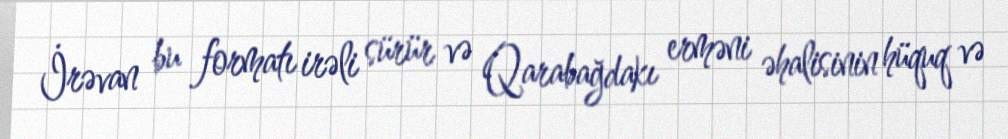
İrəvan bu formatı irəli sürür və Qarabağdakı erməni əhalisinin hüquq və